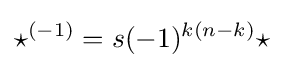
{\star }^{(-1)}=s(-1)^{k(n-k)}{\star }